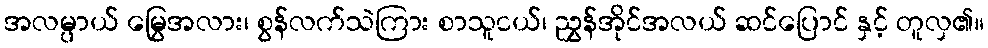
အလမ္ပာယ် မြွေအလား၊ စွန်လက်သဲကြား စာသူငယ်၊ ညွှန်အိုင်အလယ် ဆင်ပြောင် နှင့် တူလှ၏။